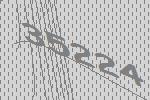
35224